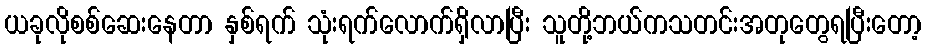
ယခုလိုစစ်ဆေးနေတာ နှစ်ရက် သုံးရက်လောက်ရှိလာပြီး သူတို့ဘယ်ကသတင်းအတုတွေရပြီးတော့